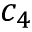
c _ { 4 }